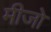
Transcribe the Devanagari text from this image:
मीजो